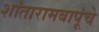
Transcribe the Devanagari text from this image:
शांतारामबापूंचे